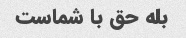
بله حق با شماست